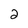
Character: 2